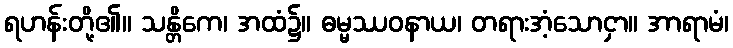
ရဟန်းတို့၏။ သန္တိကေ၊ အထံ၌။ ဓမ္မဿဝနာယ၊ တရားအံ့သောငှာ။ အာရာမံ၊